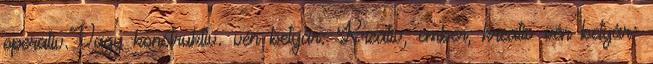
operatív.Vagy konstruktív. vén betyár: Kreatív, ember, kreatív vén betyár: